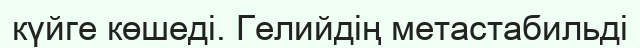
күйге көшеді. Гелийдің метастабильді